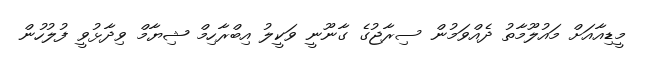
މީޑިއާއަށް މައުލޫމާތު ދެއްވަމުން ސިރާޖުގެ ގާނޫނީ ވަކީލު އިބްރާހިމް ޝިޔާމް ވިދާޅުވީ ފުލުހުން